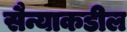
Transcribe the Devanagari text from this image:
सैन्याकडील